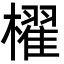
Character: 櫂